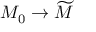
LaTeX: M _ { 0 } \to { \widetilde { M } }